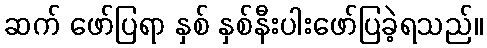
ဆက် ဖော်ပြရာ နှစ် နှစ်နီးပါးဖော်ပြခဲ့ရသည်။